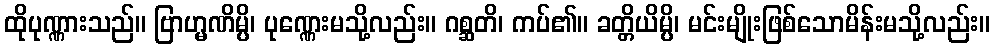
ထိုပုဏ္ဏားသည်။ ဗြာဟ္မဏိမ္ပိ၊ ပုဏ္ဏေးမသို့လည်း။ ဂစ္ဆတိ၊ ကပ်၏။ ခတ္တိယိမ္ပိ၊ မင်းမျိုးဖြစ်သောမိန်းမသို့လည်း။